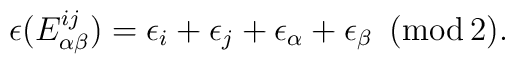
\epsilon(E^{ij}_{\alpha\beta})=\epsilon_i+\epsilon_j+ \epsilon_\alpha + \epsilon_\beta\,\,\,({\rm mod\,2}).